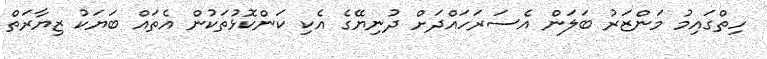
ހިތްގައިމު މަންޒަރު ބަލަން އެސަރަހައްދަށް ދުނިޔޭގެ އެކި ކަންކޮޅުތަކުން އެތައް ބަޔަކު ޒިޔާރަތް